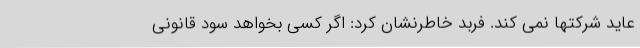
عاید شرکتها نمی کند. فربد خاطرنشان کرد: اگر کسی بخواهد سود قانونی